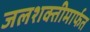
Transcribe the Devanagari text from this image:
जलशक्तीमार्फत